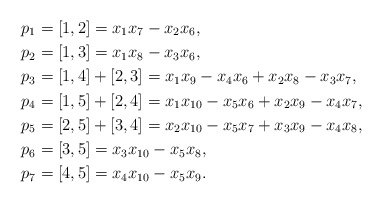
\begin{align*}p_1 &= [1,2] = x_1x_7-x_2x_6,\\p_2 &= [1,3] = x_1x_8-x_3x_6,\\p_3 &= [1,4] + [2,3] = x_1x_9-x_4x_6 + x_2x_8-x_3x_7,\\p_4 &= [1,5] + [2,4] = x_1x_{10}-x_5x_6 + x_2x_9-x_4x_7,\\p_5 &= [2,5] + [3,4] = x_2x_{10}-x_5x_7 + x_3x_9-x_4x_8,\\p_6 &= [3,5] = x_3x_{10}-x_5x_8,\\p_7 &= [4,5] = x_4x_{10}-x_5x_9.\end{align*}